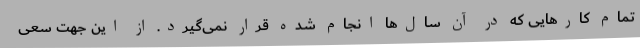
تمام کارهایی که در آن سال‌ها انجام شده قرار نمی‌گیرد. از این جهت سعی